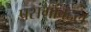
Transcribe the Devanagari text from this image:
प्रसंगांबद्दल